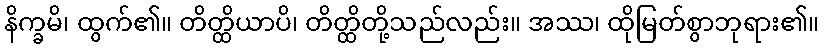
နိက္ခမိ၊ ထွက်၏။ တိတ္ထိယာပိ၊ တိတ္ထိတို့သည်လည်း။ အဿ၊ ထိုမြတ်စွာဘုရား၏။